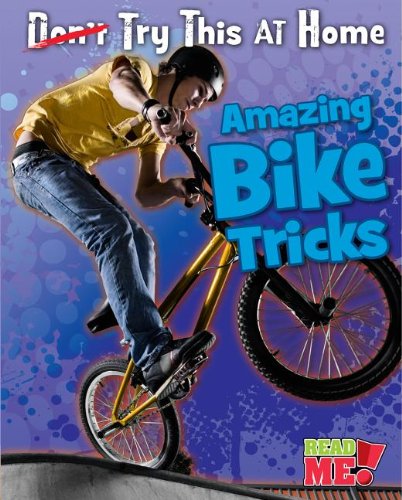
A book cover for Amazing Bike Tricks (Try This at Home!); Ellen Labrecque; Children's Books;